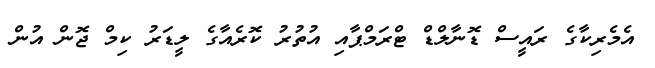
އެމެރިކާގެ ރައީސް ޑޮނާލްޑް ޓްރަމްޕާއި އުތުރު ކޮރެއާގެ ލީޑަރު ކިމް ޖޮން އުން